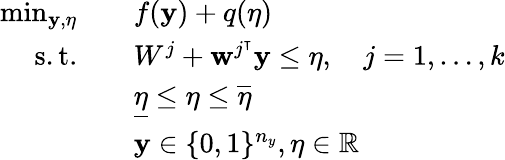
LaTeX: \begin{array}{rl}{\operatorname*{min}_{\mathbf{y},\eta}}&{\quad f(\mathbf{y})+q(\eta)}\\ {\mathrm{s.t.}}&{\quad W^{j}+\mathbf{w}^{j^{\intercal}}\mathbf{y}\leq\eta,\quad j=1,\dots,k}\\ &{\quad\underline{{\eta}}\leq\eta\leq\overline{{\eta}}}\\ &{\quad\mathbf{y}\in\{ 0,1\} ^{n_{y}},\eta\in\mathbb{R}}\end{array}